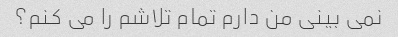
نمی بینی من دارم تمام تلاشم را می کنم؟